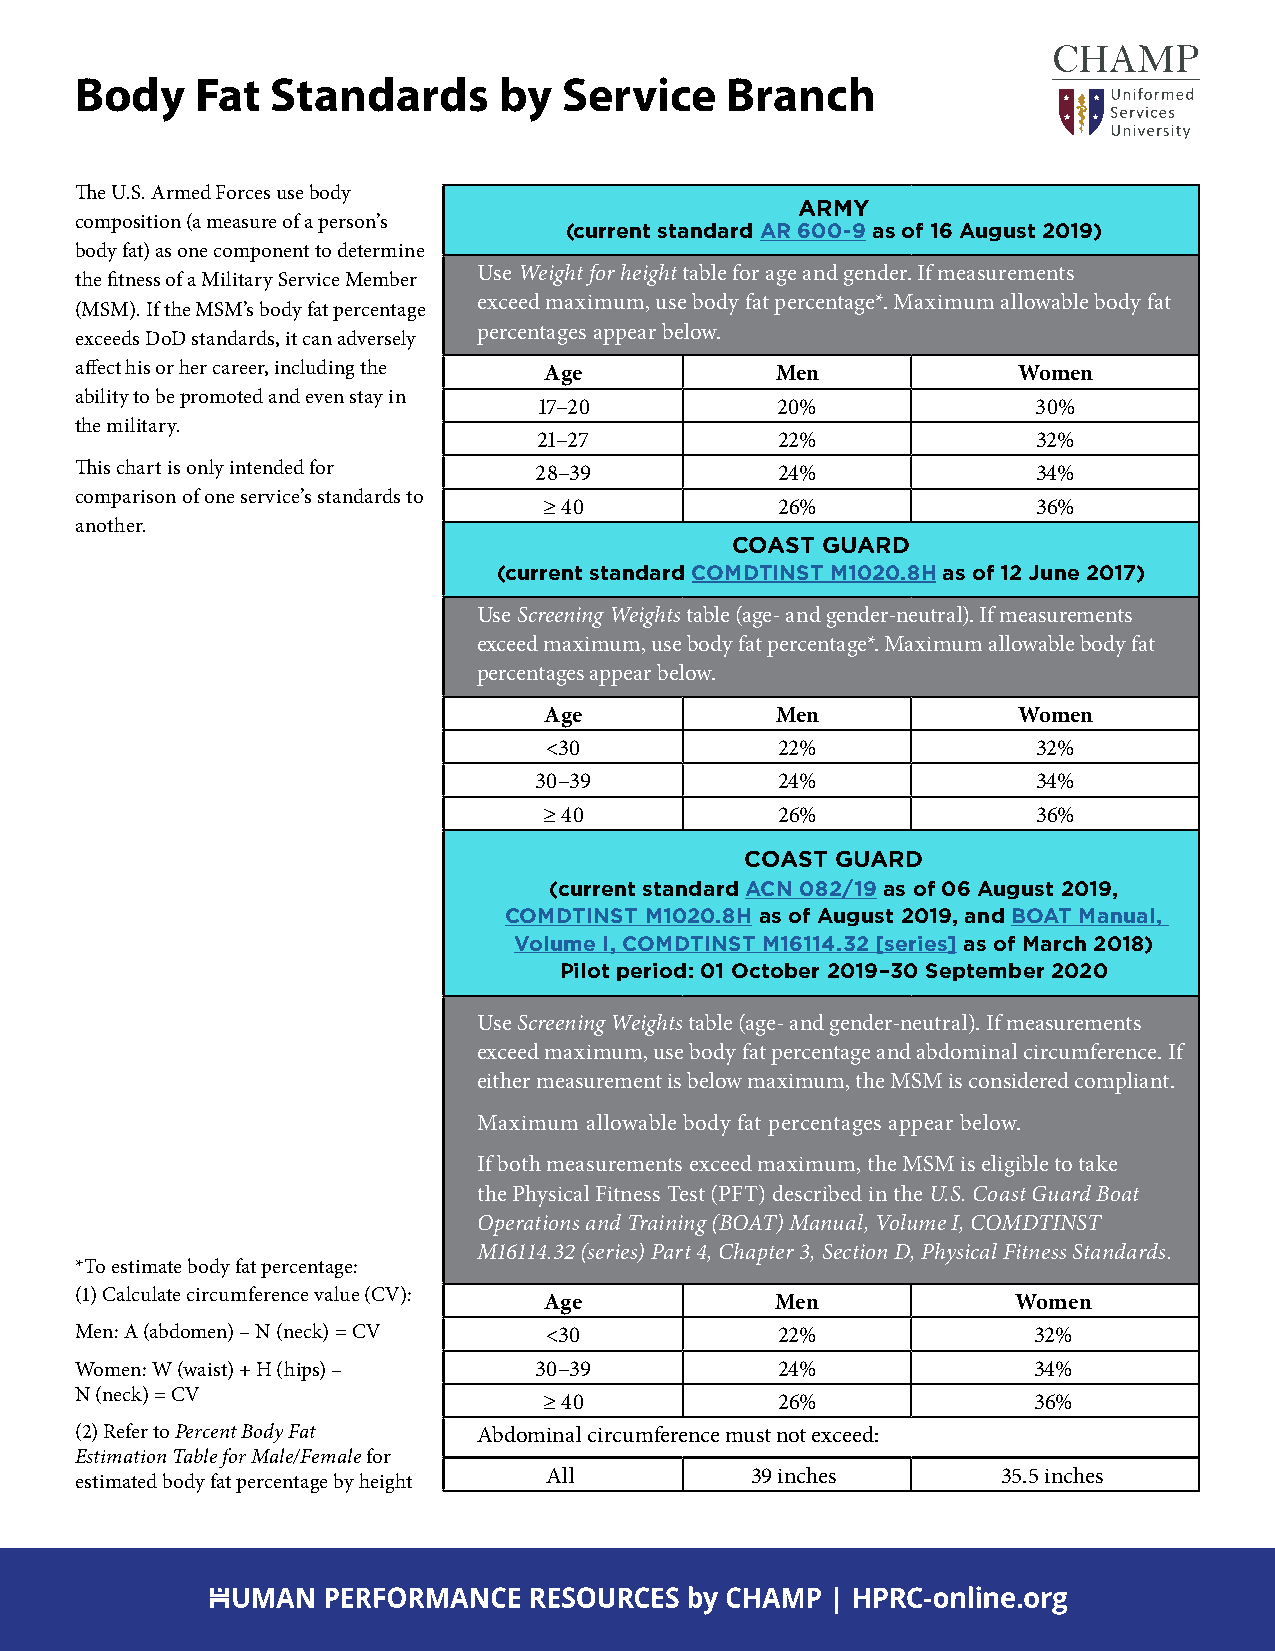
Body    Fat  Standards      by  Service    Branch
 The U.S. Armed Forces use body
 ARMY
 composition (a measure of a person’s
 (current standard AR 600-9 as of 16 August 2019)
 body fat) as one component to determine
 Use Weight for height table for age and gender. If measurements
 the fitness of a Military Service Member
 exceed maximum, use body fat percentage*. Maximum allowable body fat
 (MSM). If the MSM’s body fat percentage
 percentages appear below.
 exceeds DoD standards, it can adversely
 affect his or her career, including the Age   Men             Women
 ability to be promoted and even stay in
 17–20          20%               30%
 the military.
 21–27          22%               32%
 This chart is only intended for 28–39         24%               34%
 comparison of one service’s standards to
 ≥ 40           26%               36%
 another.
 COAST GUARD
 (current standard COMDTINST M1020.8H as of 12 June 2017)
 Use Screening Weights table (age- and gender-neutral). If measurements
 exceed maximum, use body fat percentage*. Maximum allowable body fat
 percentages appear below.
 Age            Men             Women
 <30            22%               32%
 30–39           24%               34%
 ≥ 40           26%               36%
 COAST GUARD
 (current standard ACN 082/19 as of 06 August 2019,
 COMDTINST M1020.8H as of August 2019, and BOAT Manual,
 Volume I, COMDTINST M16114.32 [series] as of March 2018)
 Pilot period: 01 October 2019–30 September 2020
 Use Screening Weights table (age- and gender-neutral). If measurements
 exceed maximum, use body fat percentage and abdominal circumference. If
 either measurement is below maximum, the MSM is considered compliant.
 Maximum allowable body fat percentages appear below.
 If both measurements exceed maximum, the MSM is eligible to take
 the Physical Fitness Test (PFT) described in the U.S. Coast Guard Boat
 Operations and Training (BOAT) Manual, Volume I, COMDTINST
 M16114.32 (series) Part 4, Chapter 3, Section D, Physical Fitness Standards.
 *To estimate body fat percentage:
 (1) Calculate circumference value (CV):
 Age            Men             Women
 Men: A (abdomen) – N (neck) = CV <30          22%              32%
 Women: W (waist) + H (hips) – 30–39           24%              34%
 N (neck) = CV
 ≥ 40           26%              36%
 (2) Refer to Percent Body Fat Abdominal circumference must not exceed:
 Estimation Table for Male/Female for
 All           39 inches       35.5 inches
 estimated body fat percentage by height